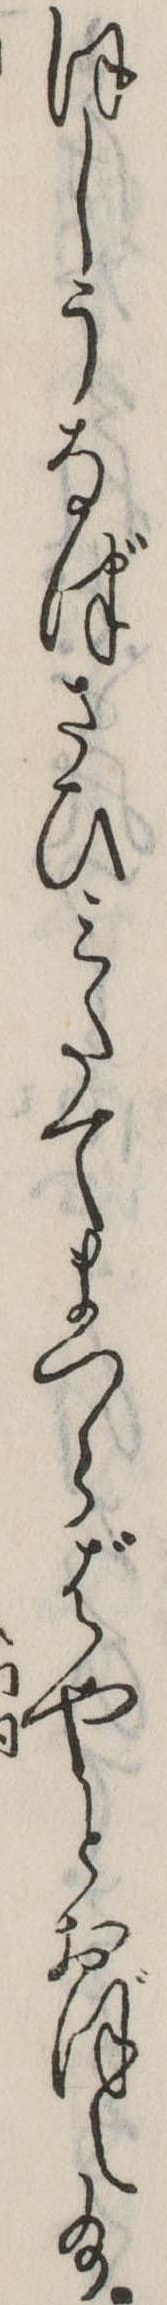
ほしうなづさひみたてまつらばやとおぼえ給